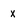
Character: X